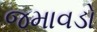
જમાવડો